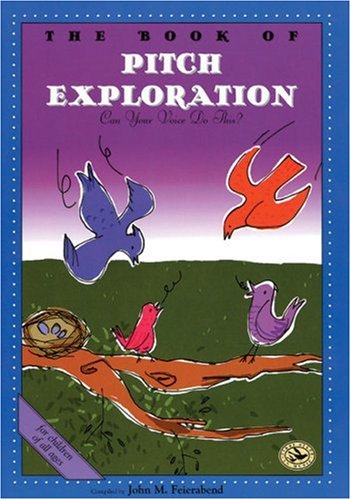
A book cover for The Book of Pitch Exploration: Can Your Voice Do This? (First Steps in Music series); John M. Feierabend; Children's Books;